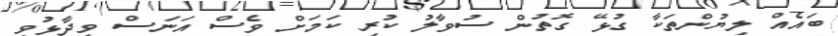
ބައެއް ލިޔުންތަކާ ގުޅޭ ގޮތުން ސުވާލު ކުރި ކަމަށް ވެސް އަނަސް ވިދާޅުވި